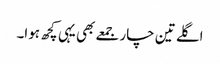
اگلے تین چار جمعے بھی یہی کچھ ہوا۔